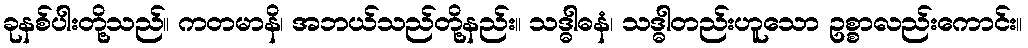
ခုနစ်ပါးတို့သည်။ ကတမာနိ၊ အဘယ်သည်တို့နည်း။ သဒ္ဓါဓနံ၊ သဒ္ဓါတည်းဟူသော ဥစ္စာလည်းကောင်း။